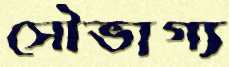
সৌভাগ্য